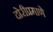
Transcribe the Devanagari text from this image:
दोरीप्रमाणे